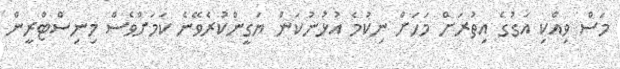
މަސް ވިއްކި އަގުގެ އިތުރަށް މަހަށް ނިކުމެ އުޅުނުކަން ޔަގީންކުރެވޭނެ ކަމަށްވެސް މިނިސްޓްރީން